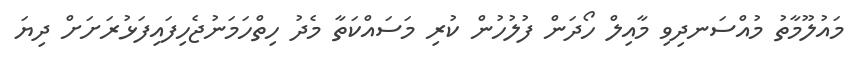
މައުލޫމާތު މުއްސަނދިވި މާއިލް ހޯދަން ފުލުހުން ކުރި މަސައްކަތާ މެދު ހިތްހަމަނުޖެހިފައިފަޅުރަށަށް ދިޔަ